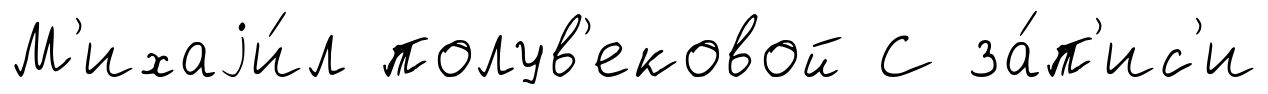
М'ихаjи́л полув'ековой С за́п'ис'и